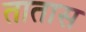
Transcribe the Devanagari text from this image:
तातास